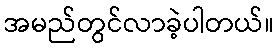
အမည်တွင်လာခဲ့ပါတယ်။